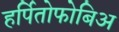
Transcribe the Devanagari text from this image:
हर्पितोफोबिअ